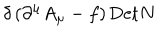
\delta \left( \partial ^ { \mu } A _ { \mu } - f \right) \mathrm { D e t } N